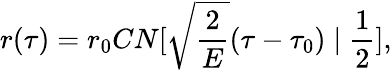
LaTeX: r(\tau)=r_{0}CN[\sqrt{\frac{2}{E}}(\tau-\tau_{0})\mid\frac{1}{2}],